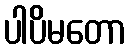
ပါပိမတော